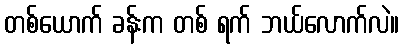
တစ်ယောက် ခန်းက တစ် ရက် ဘယ်လောက်လဲ။